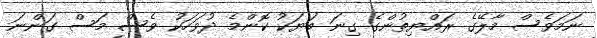
ނަމަވެސް މާލޭގެ ރައްޔިތުންގެ ގިނަ ބަޔަކު ކޮންމެ ދުވަހަކު ވެސް މަސް ގަންނަ